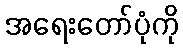
အရေးတော်ပုံကို